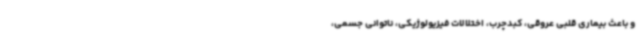
و باعث بیماری قلبی عروقی، کبدچرب، اختلالات فیزیولوژیکی، ناتوانی جسمی،